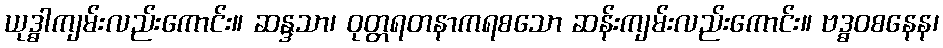
ယုဒ္ဓါကျမ်းလည်းကောင်း။ ဆန္ဒသာ၊ ဝုတ္တရတနာကရစသော ဆန်းကျမ်းလည်းကောင်း။ ဗဒ္ဓဝစနေန၊